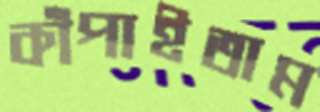
কাঁপাইতাম